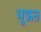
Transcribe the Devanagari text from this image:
मुफ्रत